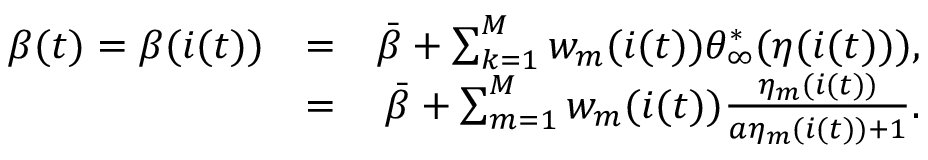
\begin{array} { r l r } { \beta ( t ) = \beta ( i ( t ) ) } & { = } & { \bar { \beta } + \sum _ { k = 1 } ^ { M } w _ { m } ( i ( t ) ) { \theta } _ { \infty } ^ { * } ( \eta ( i ( t ) ) ) , } \\ & { = } & { \bar { \beta } + \sum _ { m = 1 } ^ { M } w _ { m } ( i ( t ) ) \frac { \eta _ { m } ( i ( t ) ) } { a \eta _ { m } ( i ( t ) ) + 1 } . } \end{array}